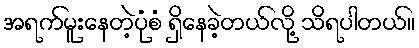
အရက်မူးနေတဲ့ပုံစံ ရှိနေခဲ့တယ်လို့ သိရပါတယ်။